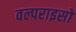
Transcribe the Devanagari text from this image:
वल्पराइसो